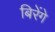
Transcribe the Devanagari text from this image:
बिरेंगे